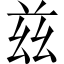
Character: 兹